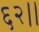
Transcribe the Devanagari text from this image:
६२।।